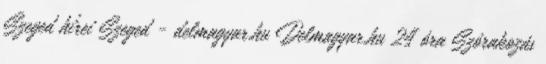
Szeged hírei Szeged - delmagyar.hu Delmagyar.hu 24 óra Szórakozás